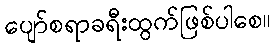
ပျော်စရာခရီးထွက်ဖြစ်ပါစေ။